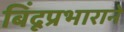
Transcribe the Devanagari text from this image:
बिंदूप्रभाराने